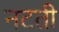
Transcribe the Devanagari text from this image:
नटती